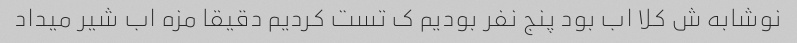
نوشابه ش کلا اب بود پنج نفر بودیم ک تست کردیم دقیقا مزه اب شیر میداد